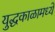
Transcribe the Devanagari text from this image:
युद्धकाळामध्ये